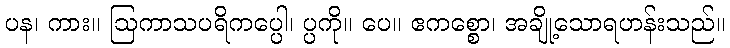
ပန၊ ကား။ ဩကာသပရိကပ္ပေါ၊ ပ္ပကို။ ပေ။ ဧကစ္စော၊ အချို့သောရဟန်းသည်။